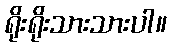
ရိုးရိုးသားသားပါ။